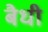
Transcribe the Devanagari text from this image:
बैधी